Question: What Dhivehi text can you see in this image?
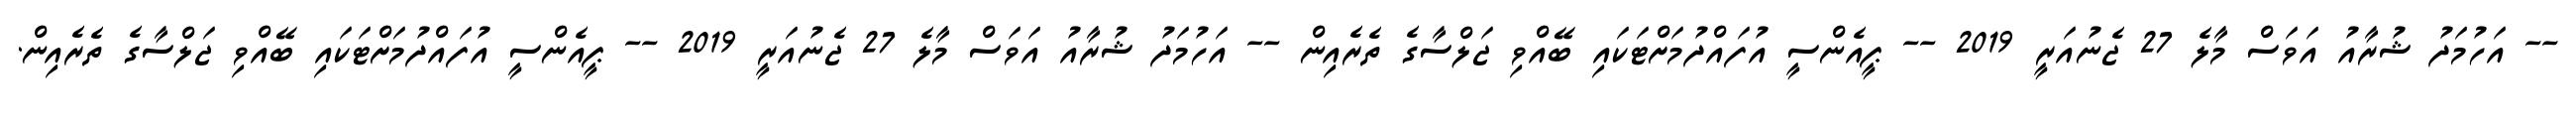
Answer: -- އަހުމަދު ޝުރާއު އަވަސް މާލެ 27 ޖެނުއަރީ 2019 -- ޕީއެންސީ އުފައްދުމަށްޓަކައި ބޭއްވި ޖަލްސާގެ ތެރެއިން -- އަހުމަދު ޝުރާއު އަވަސް މާލެ 27 ޖެނުއަރީ 2019 -- ޕީއެންސީ އުފައްދުމަށްޓަކައި ބޭއްވި ޖަލްސާގެ ތެރެއިން.